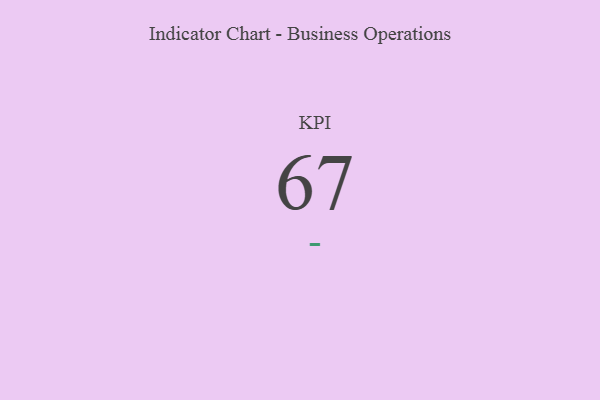
{"axis": {"x": "KPI", "y": "Value"}, "legend": [""], "data": [{"x": "KPI", "y": 67, "type": ""}]}